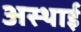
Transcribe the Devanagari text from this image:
अस्‍थाई